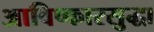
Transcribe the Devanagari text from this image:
आविष्कारसुद्धा